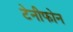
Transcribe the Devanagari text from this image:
टेनीफोन